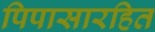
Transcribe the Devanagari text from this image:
पिपासारहित